King Institute of Preventive Medicine Micro-Biological Section reports 1912-19
Year: 1912
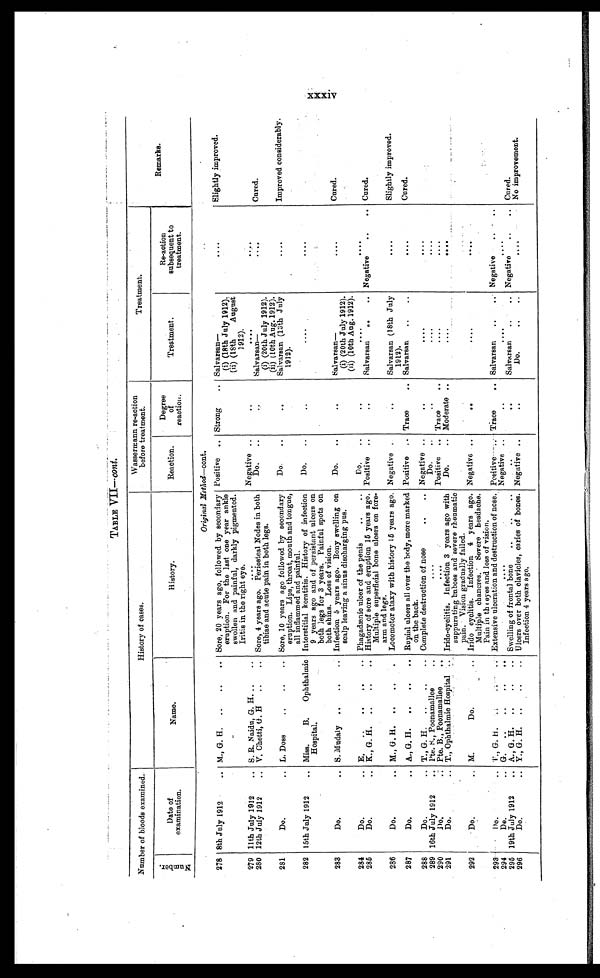
TABLE VII—cont.
Number of bloods examined.
History of cases.
Wassermann re-action
before treatment.
Treatment.
Remarks.
N u m b e r .
D at e of
examination.
Name.
History.
Reaction.
Degree
of
reaction.
Treatment.
Re-action
subsequent to
treatment.
Original Method— cont..
.
.
278 8th July 1912 . . . M., G, H. . . .
Sore, 20 years ago, followed by secondary
eruption. For the last one year ankle
swollen and painful, darkly pigmented.
Iritis in the right eye.
Positive . . . Strong . . . Sal varsan—
. . .
Slightly improved.
(i) (18th July 1912).
(ii) (18th
August
1912).
279 11th July 1912 . . . S. R. Naidu, G. H. . . .
. . .
Negative . . .
. . .
. . .
. . .
280 12th July 1912 . . . V. Chetti, G. H
..
.. Sore, 4 years ago. Periosteal Nodes in both
t tibiae and acute pain in both legs.
Do. . . .
. . .
Salvarsan—
. . .
Cured.
(i) (20th July 1912).
(ii) (10th Aug. 1912).
281
Do. . . . L. Doss . . .
Sore, 10 years ago followed by secondary
eruption. Lips, throat, mouth and tongue,
all inflammed and painful.
Do. . . .
. . .
Salvarsan (l3th July
1912).
. . .
Improved considerably.
282 15th July 1912 . . . Miss.
B.
Ophthalmic Interstitial keratitis. History of infection
persistent ulcers on
both legs for 3 years. Painful spots on
both shins. Loss of vision.
Do. . . .
. . .
. . .
. . .
283
Do. . . . S. Mudaly . . .
Infection 5 years ago. Bony swelling on
scalp leaving a sinus discharging pus.
Do. . . .
. . .
Salvarsan—
. . .
Cured.
(i) (20th July 1912).
(ii) (10th Aug. 1912).
284
Do. . . . E. . . .
Phagadænic ulcer of the penis . . .
Do. . . .
. . .
. . .
. . .
285
Do. . . . K., G. H. . . .
History of sore and eruption 15 years ago.
Multiple superficial bone ulcers on fore-
arm and legs.
Positive . . .
. . .
Salvarsan . . . Negative . . . Cured.
286
Do. . . . M., G. H. . . .
Locomotor ataxy with history 15 years ago. Negative
. . .
(18th July
1912).
. . .
Slightly improved.
287
Do. . . . A., G. H. . . .
Rupial ulcers all over the body, more marked
on the back.
Positive . . . Trace . . . Salvarsan . . .
. . .
Cured.
288
Do. . . . T., G. H. . . .
Complete destruction of nose . . . Negative . . .
. . .
. . .
. . .
289 16th July 1912 . . . Pte. S., Poonamallee . . .
. . .
Do. . . .
. . .
. . .
. . .
290
Do. . . . Pte. B., Poonamallee . . .
. . .
Positive . . . Trace . . .
. . .
. . .
291
Do. . . . T., Ophthalmic Hospital . . .
Irido-cyclitis. Infection 3 years ago with
suppurating bnboes and severe rheumatic
pain. Vision gradually failed.
Do. . . . Moderate . . .
. . .
. . .
292
D o . . . .
M.
Do. . . .
Irido cyclitis. Infection 4 years ago.
Multiple chancres. Severe headache.
Pain in the eyes and loss of vision.
Negative . . .
. . .
. . .
. . .
293
D o . . . .
T., G.H. . . .
Extensive ulceration and destruction of nose. Positive . . . Trace . . . Salvarsan . . . Negative . . .
294
D o . . . .
G. . . .
. . .
Negative . . .
. . .
. . .
. . .
295 19th July 1912 . . . A., G. H. . . .
Swelling of frontal bone . . .
. . .
. .
.
Salvarsan . . . Negative . . . Cured.
296
Do. . . . Y., G. H. . . .
Ulcers over both clavicles, caries of bones.
Infection 4 years ago.
Negative . . .
. . .
Do. . . .
. . .
No improvement.
XXXIV